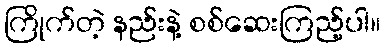
ကြိုက်တဲ့ နည်းနဲ့ စစ်ဆေးကြည့်ပါ။